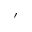
^ { ' }